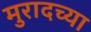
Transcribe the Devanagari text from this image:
मुरादच्या